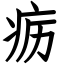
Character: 疬